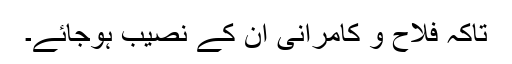
تاکہ فلاح و کامرانی ان کے نصیب ہوجائے۔